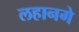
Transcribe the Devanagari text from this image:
लहानगे